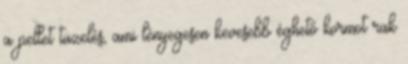
a pellet tüzelés, ami lényegesen kevesebb éghető kormot rak